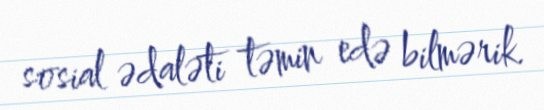
sosial ədaləti təmin edə bilmərik.